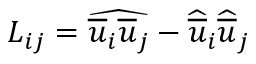
L _ { i j } = \widehat { \overline { { u } } _ { i } \overline { { u } } _ { j } } - \widehat { \overline { { u } } } _ { i } \widehat { \overline { { u } } } _ { j }